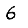
Digit: 6